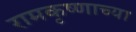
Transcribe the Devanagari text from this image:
रामकृष्णाच्या